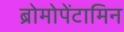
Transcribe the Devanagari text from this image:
ब्रोमोपेंटामिन